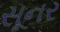
સૂનર